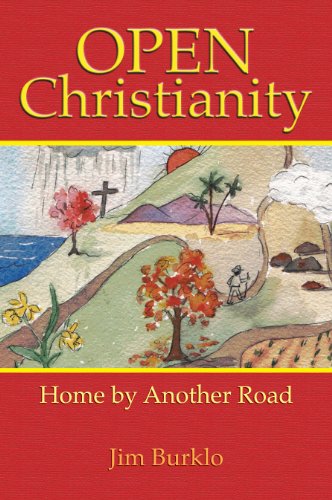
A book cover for Open Christianity: Home by another Road; Jim Burklo; Christian Books & Bibles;